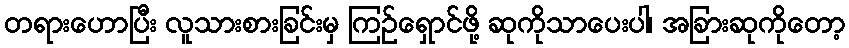
တရားဟောပြီး လူသားစားခြင်းမှ ကြဉ်ရှောင်ဖို့ ဆုကိုသာပေးပါ၊ အခြားဆုကိုတော့